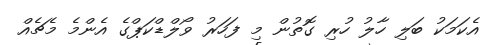
އެކަމަކު ބަލި ހާލު ހުރި ގޮތުން މި ފަހަރު ވޯލްޑްކަޕްގެ އެންމެ މެޗެއް